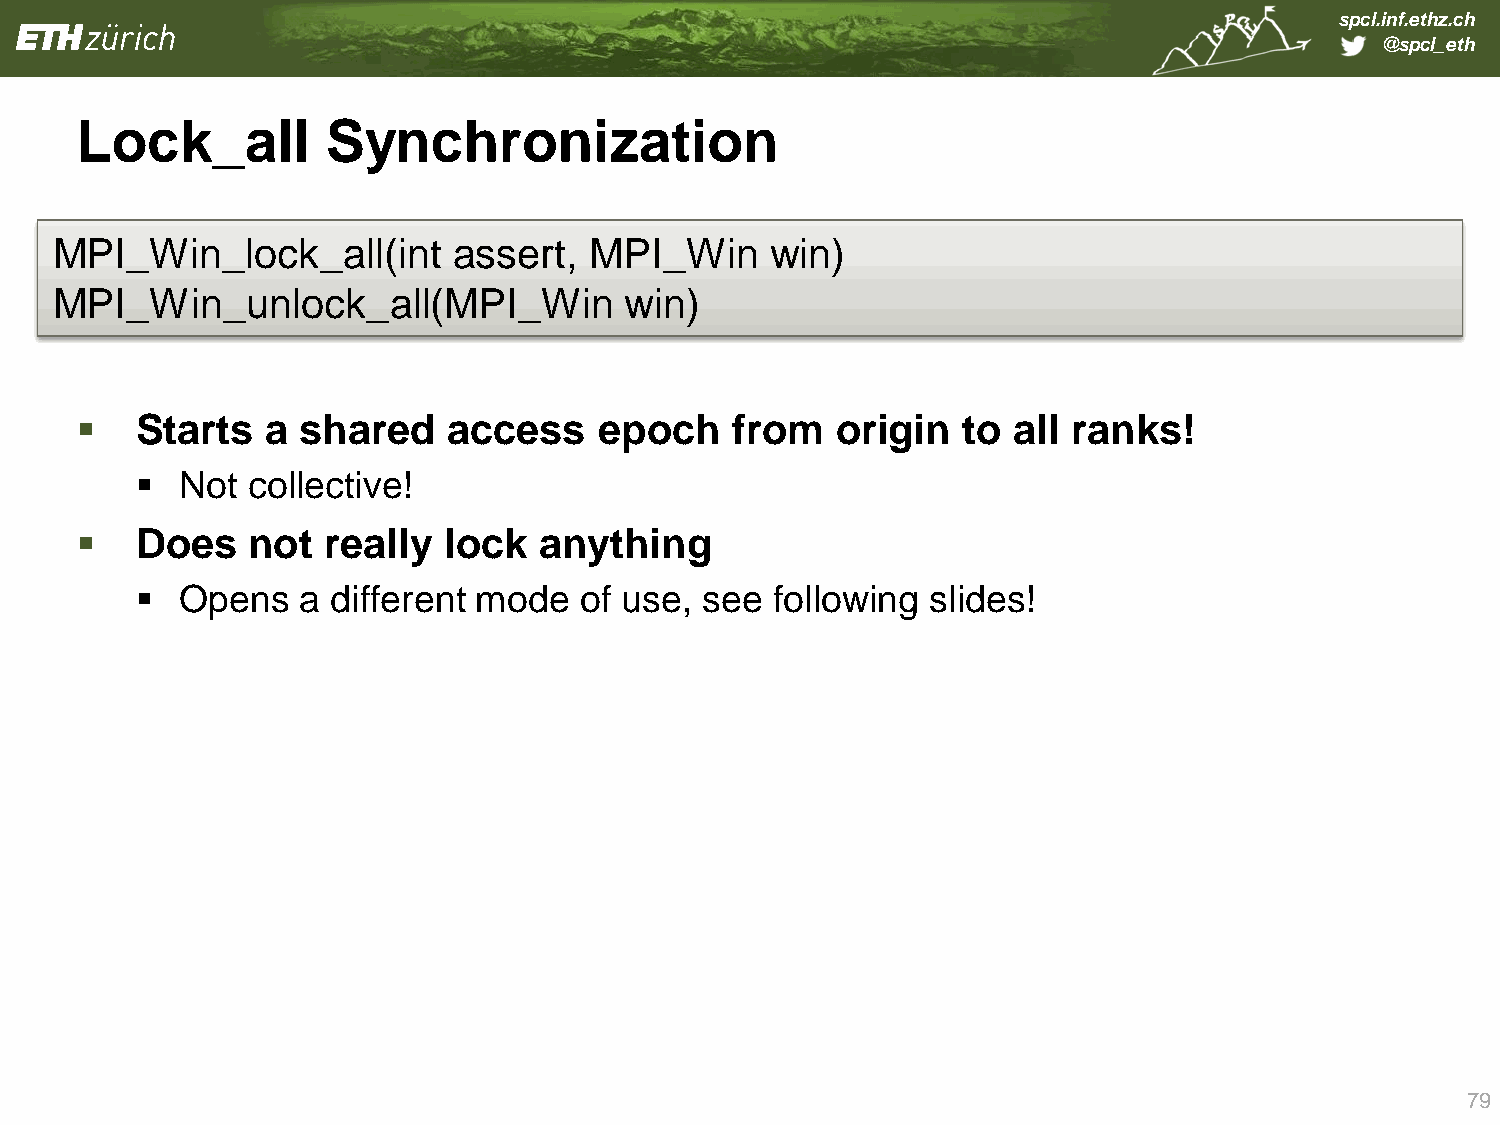
spcl.inf.ethz.ch
 @spcl_eth
 Lock_all         Synchronization
 MPI_   Win_lock_all(int    assert,  MPI_Win     win)
 MPI_   Win_unlock_all(MPI_Win         win)
    Starts   a shared    access    epoch   from   origin   to all ranks!
   Not collective!
    Does   not   really lock   anything
   Opens   a different mode  of use,  see following  slides!
 79